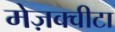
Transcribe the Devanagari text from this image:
मेज़क्वीटा